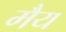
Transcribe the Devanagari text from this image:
मैय